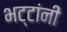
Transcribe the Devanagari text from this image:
भट्टांनीं